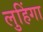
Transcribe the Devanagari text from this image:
लुहिंगा